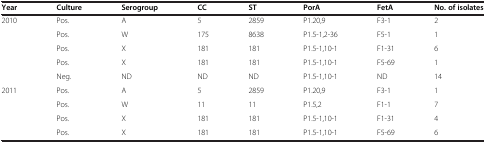
<table><thead><tr><td><b>Year</b></td><td><b>Culture</b></td><td><b>Serogroup</b></td><td><b>CC</b></td><td><b>ST</b></td><td><b>PorA</b></td><td><b>FetA</b></td><td><b>No. of isolates</b></td></tr></thead><tbody><tr><td>2010</td><td>Pos.</td><td>A</td><td>5</td><td>2859</td><td>P1.20,9</td><td>F3-1</td><td>2</td></tr><tr><td> </td><td>Pos.</td><td>W</td><td>175</td><td>8638</td><td>P1.5-1,2-36</td><td>F5-1</td><td>1</td></tr><tr><td> </td><td>Pos.</td><td>X</td><td>181</td><td>181</td><td>P1.5-1,10-1</td><td>F1-31</td><td>6</td></tr><tr><td> </td><td>Pos.</td><td>X</td><td>181</td><td>181</td><td>P1.5-1,10-1</td><td>F5-69</td><td>1</td></tr><tr><td> </td><td>Neg.</td><td>ND</td><td>ND</td><td>ND</td><td>P1.5-1,10-1</td><td>ND</td><td>14</td></tr><tr><td>2011</td><td>Pos.</td><td>A</td><td>5</td><td>2859</td><td>P1.20,9</td><td>F3-1</td><td>1</td></tr><tr><td> </td><td>Pos.</td><td>W</td><td>11</td><td>11</td><td>P1.5,2</td><td>F1-1</td><td>7</td></tr><tr><td> </td><td>Pos.</td><td>X</td><td>181</td><td>181</td><td>P1.5-1,10-1</td><td>F1-31</td><td>4</td></tr><tr><td> </td><td>Pos.</td><td>X</td><td>181</td><td>181</td><td>P1.5-1,10-1</td><td>F5-69</td><td>6</td></tr></tbody></table>